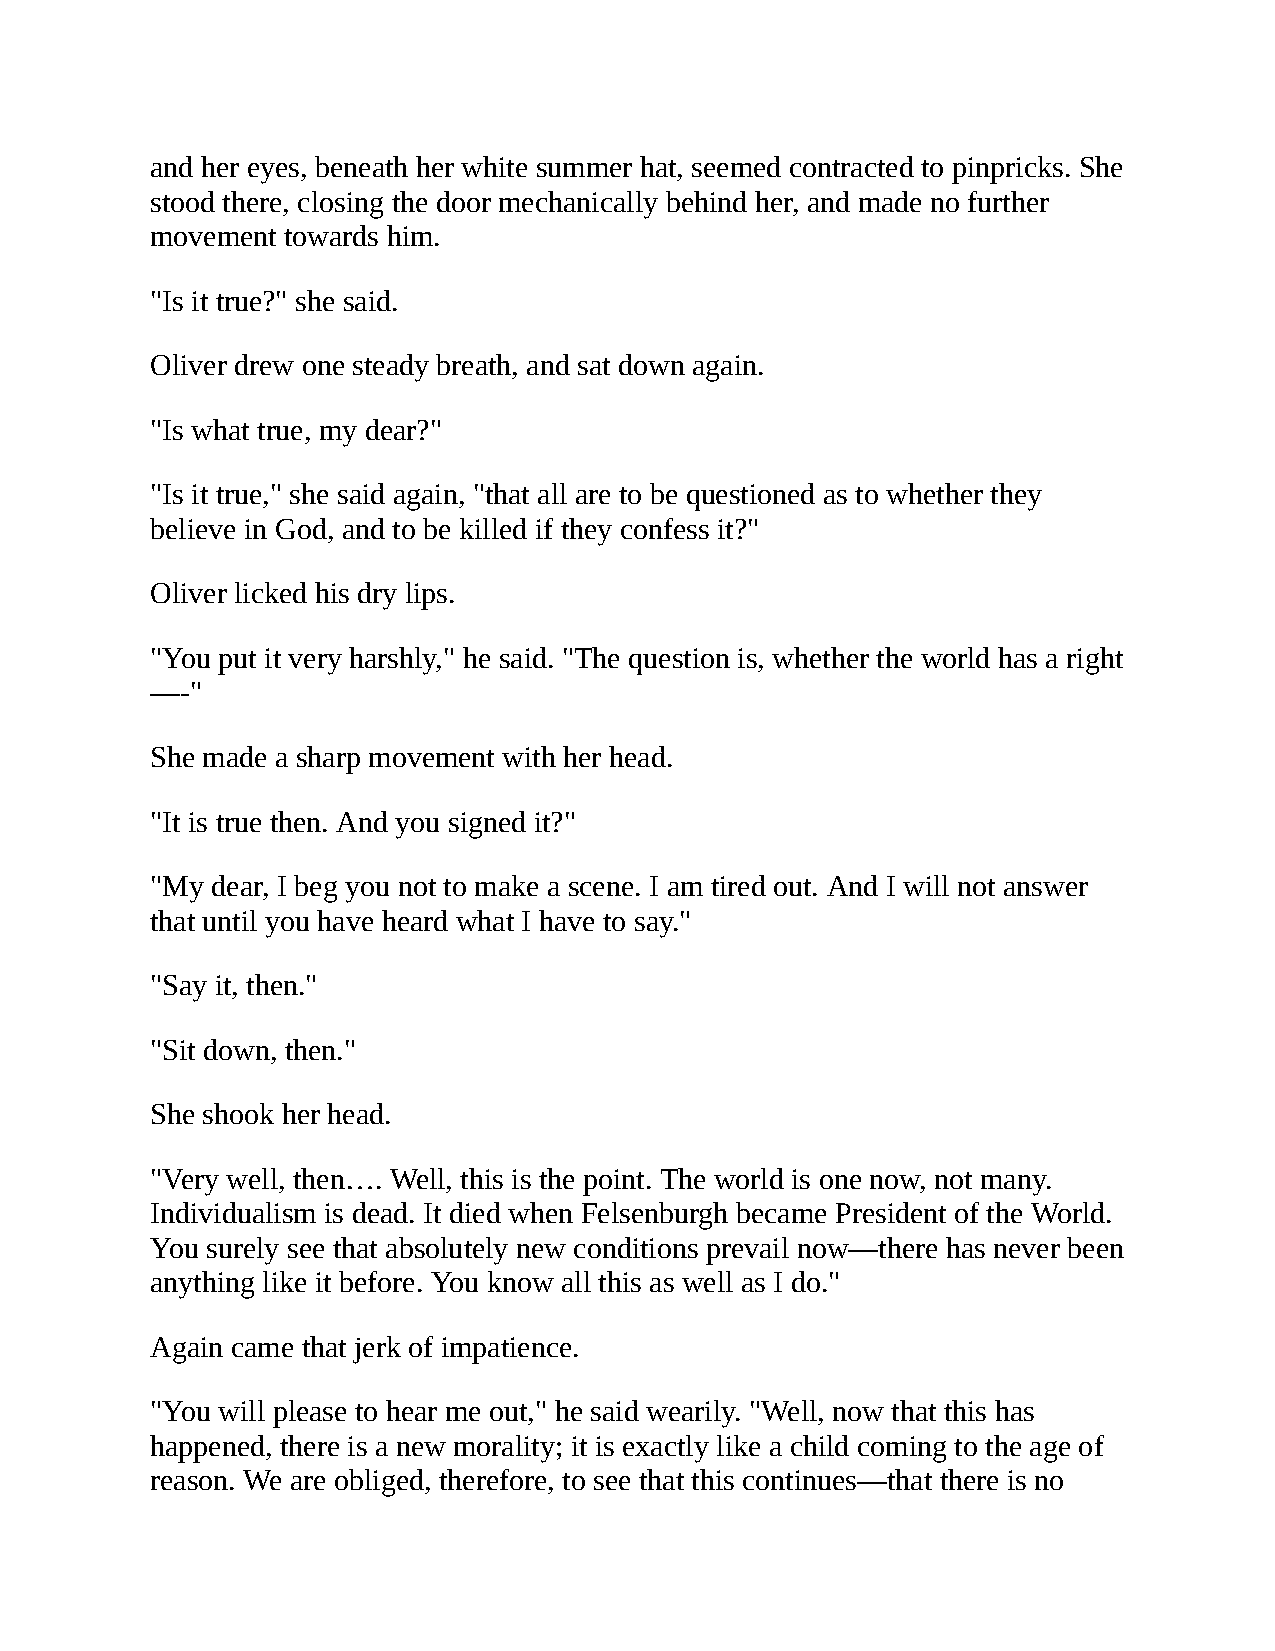
and her eyes, beneath her white summer hat, seemed contracted to pinpricks. She
 stood there, closing the door mechanically behind her, and made no further
 movement towards him.
 "Is it true?" she said.
 Oliver drew one steady breath, and sat down again.
 "Is what true, my dear?"
 "Is it true," she said again, "that all are to be questioned as to whether they
 believe in God, and to be killed if they confess it?"
 Oliver licked his dry lips.
 "You put it very harshly," he said. "The question is, whether the world has a right
 —-"
 She made a sharp movement with her head.
 "It is true then. And you signed it?"
 "My dear, I beg you not to make a scene. I am tired out. And I will not answer
 that until you have heard what I have to say."
 "Say it, then."
 "Sit down, then."
 She shook her head.
 "Very well, then…. Well, this is the point. The world is one now, not many.
 Individualism is dead. It died when Felsenburgh became President of the World.
 You surely see that absolutely new conditions prevail now—there has never been
 anything like it before. You know all this as well as I do."
 Again came that jerk of impatience.
 "You will please to hear me out," he said wearily. "Well, now that this has
 happened, there is a new morality; it is exactly like a child coming to the age of
 reason. We are obliged, therefore, to see that this continues—that there is no